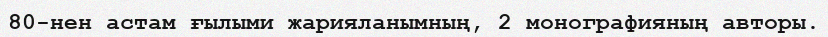
80-нен астам ғылыми жарияланымның, 2 монографияның авторы.